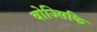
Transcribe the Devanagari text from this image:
वोज्सिकि